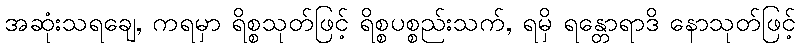
အဆုံးသရချေ, ကရမှာ ရိစ္စသုတ်ဖြင့် ရိစ္စပစ္စည်းသက်, ရမှိ ရန္တောရာဒိ နောသုတ်ဖြင့်